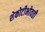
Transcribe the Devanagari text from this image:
शेकोटीभोवती